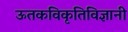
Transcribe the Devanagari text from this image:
ऊतकविकृतिविज्ञानी